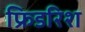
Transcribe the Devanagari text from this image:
फ्रिडरिश